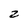
Character: 2